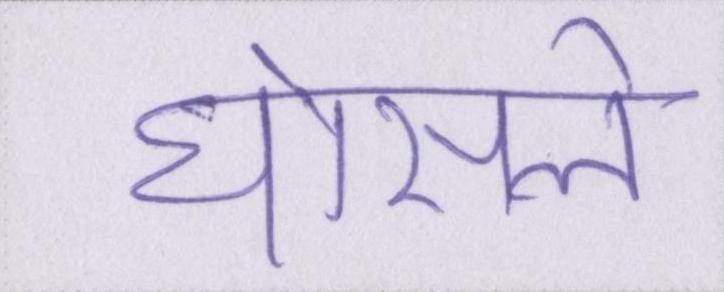
घोसले